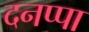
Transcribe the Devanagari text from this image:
दनप्पा